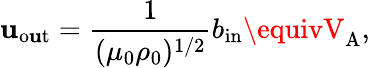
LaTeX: \mathbf{u}_{\mathrm{{{o\mathbf{u}t}}}}=\frac{{1}}{{(\mu_{0}\rho_{0})^{1/2}}}b_{\mathrm{{{in}}}}\equivV_{\mathrm{{{A}}}},